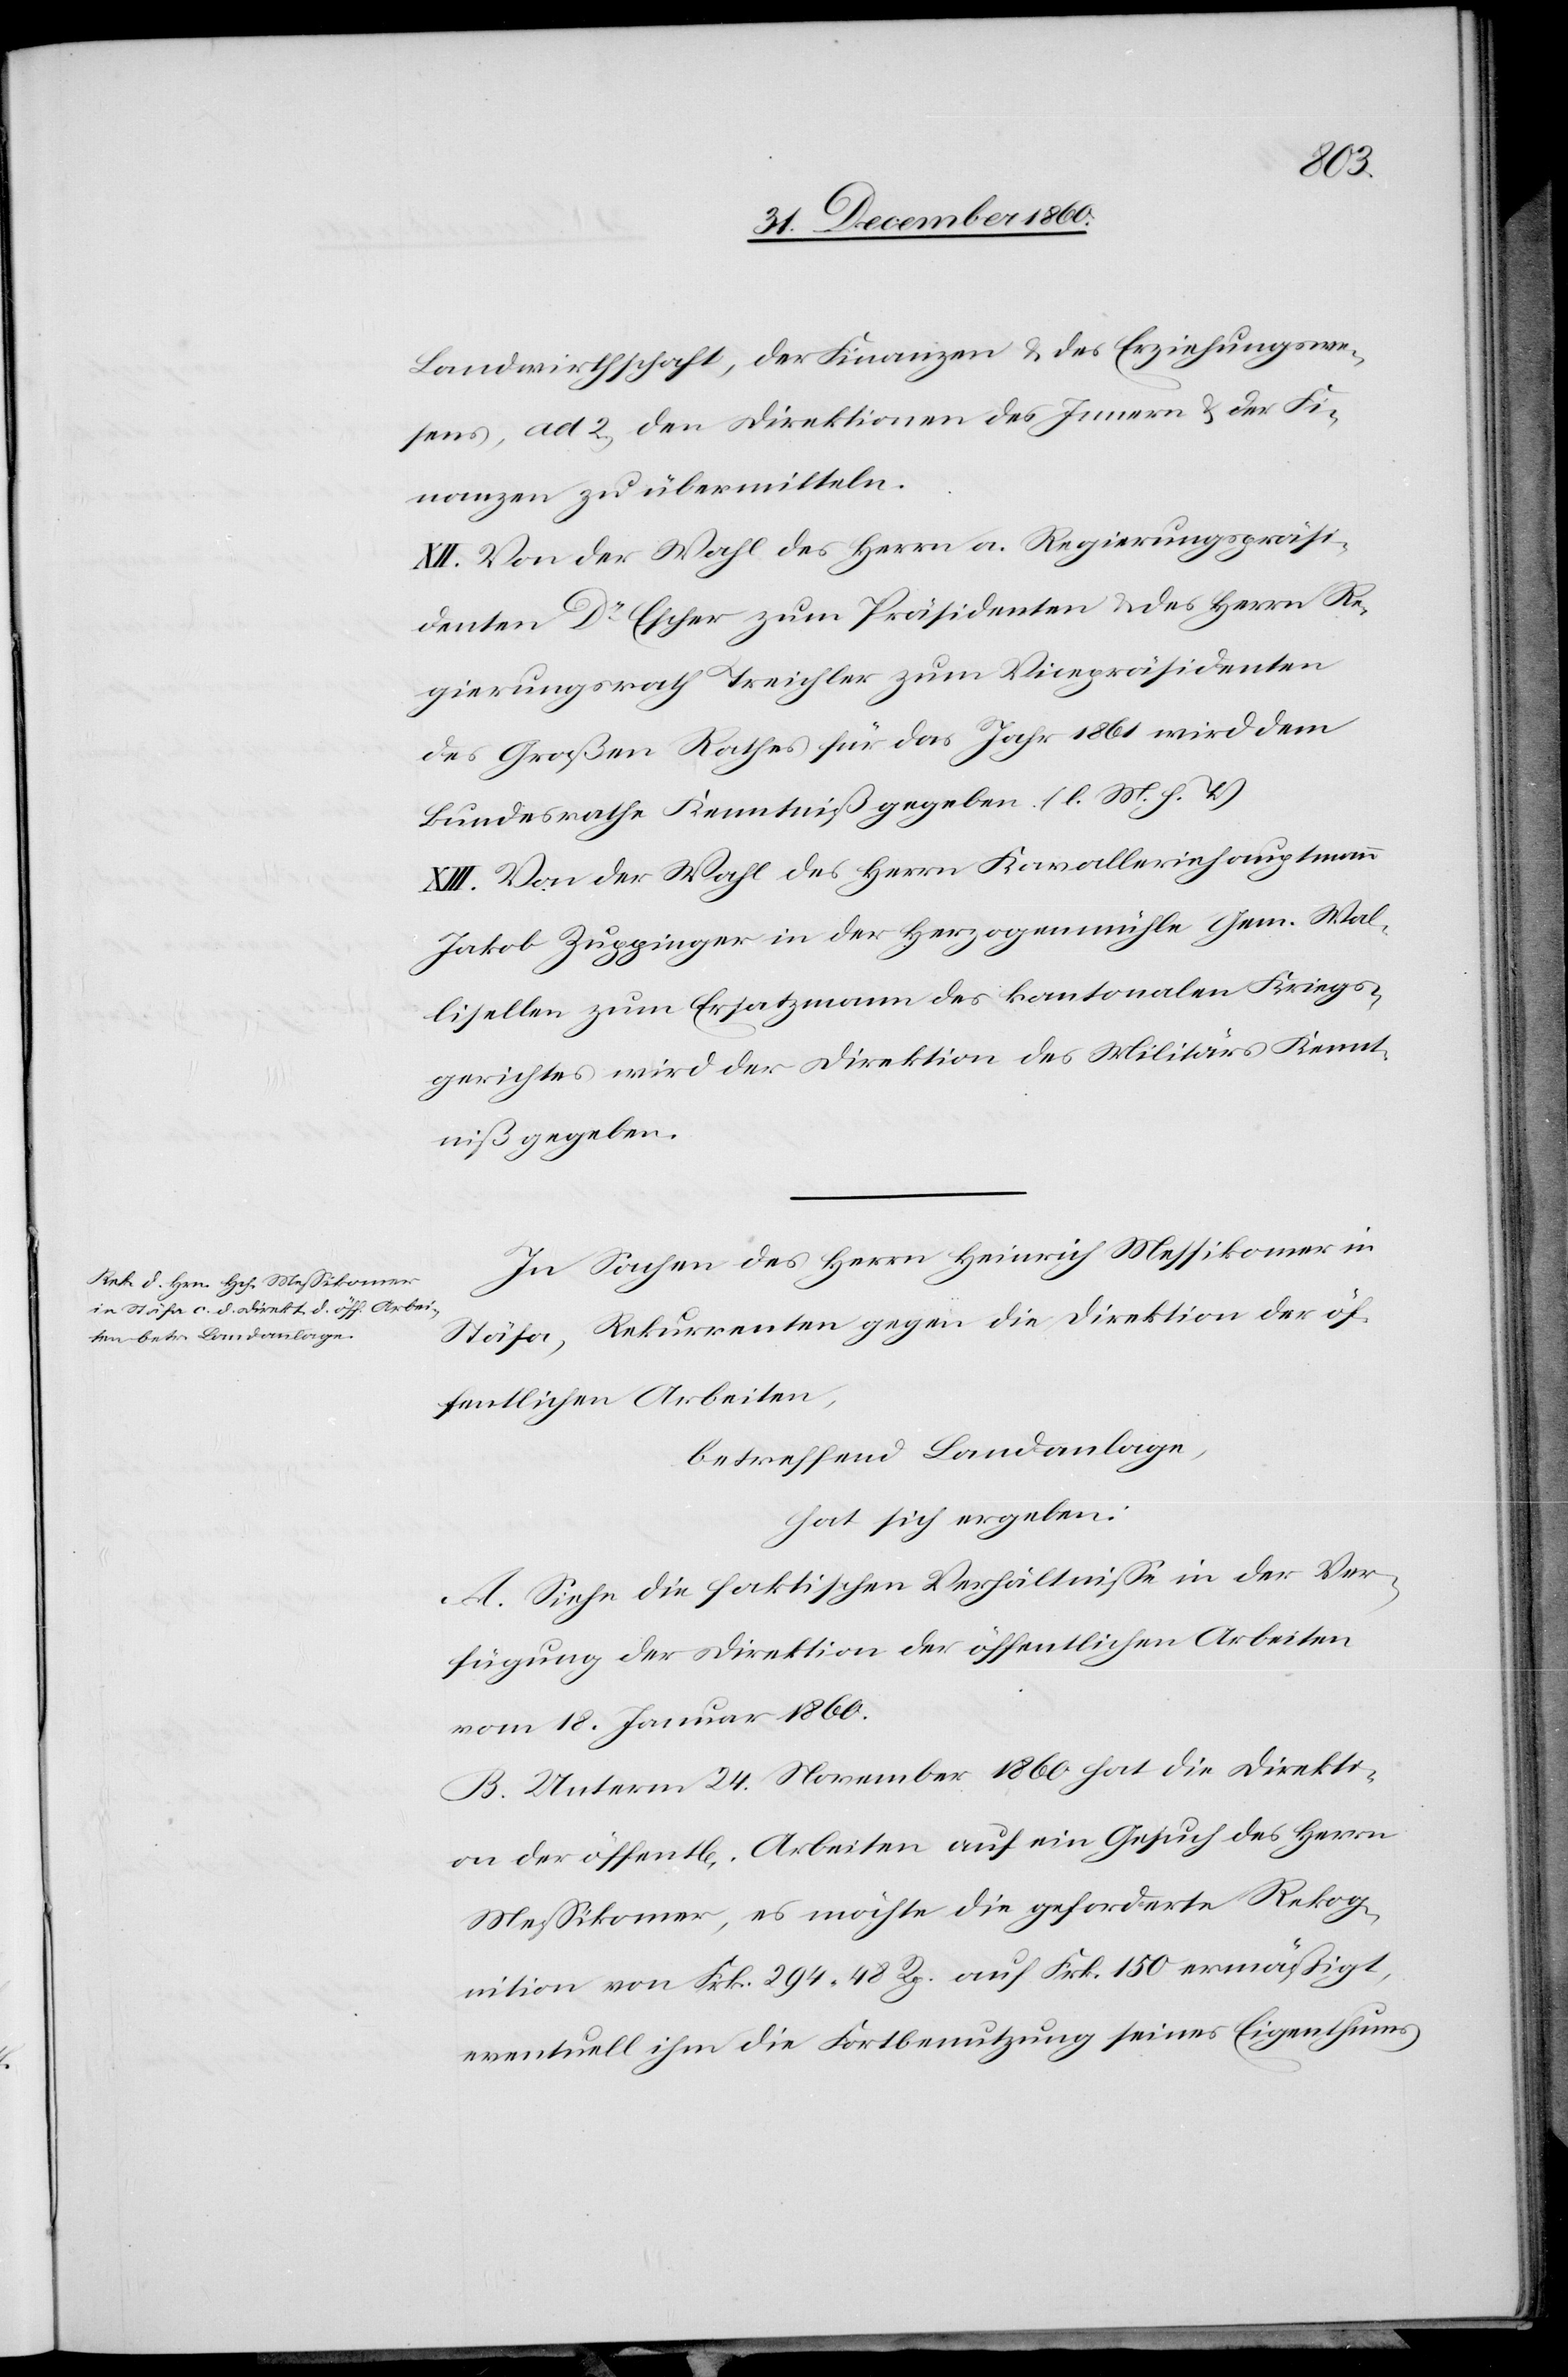
Landwirthschaft, der Finanzen u. des Erziehungswe¬
sens, ad 2) den Direktionen des Innern u. der Fi¬
nanzen zu übermitteln.
XII. Von der Wahl des Herrn a. Regierungspräsi¬
denten Dr Escher zum Präsidenten u. des Herrn Re¬
gierungsrath Treichler zum Vicepräsidenten
des Großen Rathes für das Jahr 1861 wird dem
Bundesrathe Kenntniß gegeben. (l. M. H. T.)
XIII. Von der Wahl des Herrn Kavalleriehauptmann
Jakob Zuppinger in der Herzogenmühle Gem. Wal¬
lisellen zum Ersatzmann des kantonalen Kriegs¬
gerichtes wird der Direktion des Militärs Kennt¬
niß gegeben.
In Sachen des Herrn Heinrich Messikomer im
Stäfa, Rekurrenten gegen die Direktion der öf¬
fentlichen Arbeite,
betreffend Landanlage,
hat sich ergeben:
A. Siehe die faktischen Verhältnisse in der Ver¬
fügung der Direktion der öffentlichen Arbeiten
vom 18. Januar 1860.
B. Unterm 24. November 1860 hat die Direkti¬
on der öffentl[lichen] Arbeiten auf ein Gesuch des Herrn
Messikomer, es möchte die geforderte Rekog¬
nition von Frk. 294 48 Rp. auf Frk. 150 ermäßigt,
eventuell ihm die Fortbenutzung seines Eigenthums